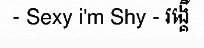
- Sexy i'm Shy - រង្គើ